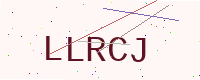
Text: LLRCJ